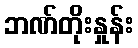
ဘဏ်တိုးနှုန်း